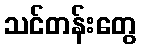
သင်တန်းတွေ